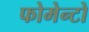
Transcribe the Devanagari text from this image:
फोमेन्टो